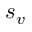
s _ { v }